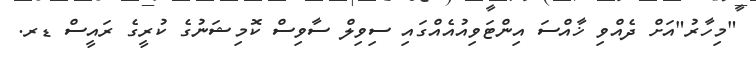
"މިހާރު"އަށް ދެއްވި ޚާއްސަ އިންޓަވިއުއެއްގައި ސިވިލް ސާވިސް ކޮމިޝަނުގެ ކުރީގެ ރައީސް ޑރ.